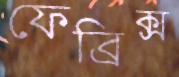
ফেব্রিক্স